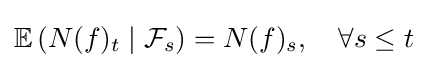
\mathbb {E} \left(N(f)_{t}\mid {\mathcal {F}}_{s}\right)=N(f)_{s},\quad \forall s\leq t